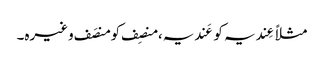
مثلاً عِندیہ کو عَندیہ، منصِف کو منصَف وغیرہ۔